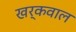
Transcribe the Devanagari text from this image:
खर्कवाल